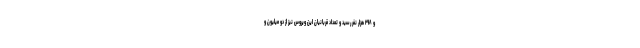
و ۲۹۸ هزار نفر رسید و تعداد قربانیان این ویروس نیز از دو میلیون و